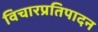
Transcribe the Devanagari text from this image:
विचारप्रतिपादन